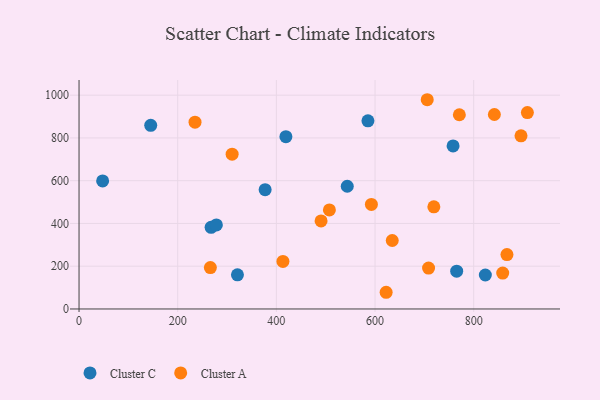
{"axis": {"x": "Engine Size", "y": "Fuel Efficiency"}, "legend": ["Cluster A", "Cluster C"], "data": [{"x": "47.8", "y": 598.8, "type": "Cluster C"}, {"x": "765.5", "y": 176.7, "type": "Cluster C"}, {"x": "145.3", "y": 858.9, "type": "Cluster C"}, {"x": "377.2", "y": 558.2, "type": "Cluster C"}, {"x": "758.2", "y": 762.8, "type": "Cluster C"}, {"x": "321.1", "y": 159.5, "type": "Cluster C"}, {"x": "543.7", "y": 574.1, "type": "Cluster C"}, {"x": "585.6", "y": 879.8, "type": "Cluster C"}, {"x": "267.7", "y": 381.9, "type": "Cluster C"}, {"x": "419.3", "y": 805.8, "type": "Cluster C"}, {"x": "823.6", "y": 158.9, "type": "Cluster C"}, {"x": "278.4", "y": 393.0, "type": "Cluster C"}, {"x": "858.8", "y": 168.1, "type": "Cluster A"}, {"x": "507.5", "y": 463.2, "type": "Cluster A"}, {"x": "708.5", "y": 191.4, "type": "Cluster A"}, {"x": "895.9", "y": 809.9, "type": "Cluster A"}, {"x": "770.9", "y": 908.5, "type": "Cluster A"}, {"x": "266.2", "y": 193.7, "type": "Cluster A"}, {"x": "235.1", "y": 873.7, "type": "Cluster A"}, {"x": "867.4", "y": 254.5, "type": "Cluster A"}, {"x": "413.3", "y": 222.2, "type": "Cluster A"}, {"x": "592.6", "y": 488.8, "type": "Cluster A"}, {"x": "622.5", "y": 78.1, "type": "Cluster A"}, {"x": "490.6", "y": 412.0, "type": "Cluster A"}, {"x": "841.9", "y": 909.5, "type": "Cluster A"}, {"x": "310.3", "y": 724.1, "type": "Cluster A"}, {"x": "908.8", "y": 918.7, "type": "Cluster A"}, {"x": "719.2", "y": 478.0, "type": "Cluster A"}, {"x": "634.9", "y": 320.3, "type": "Cluster A"}, {"x": "705.8", "y": 978.7, "type": "Cluster A"}]}